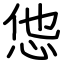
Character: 怹